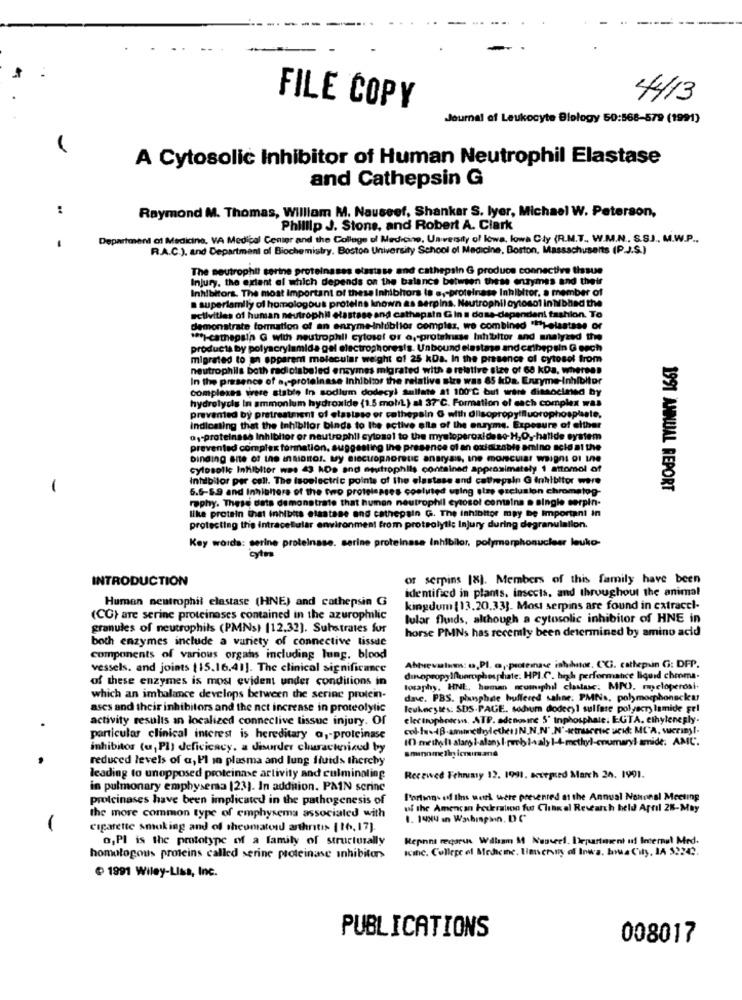
4413
FILE COPY
Journal of Leukocyte Biology 50:568-579 (1991)
A Cytosolic Inhibitor of Human Neutrophil Elastase
and Cathepsin G
:
Raymond M. Thomas, William M. Nauseef, Shankar S. lyer, Michael W. Peterson,
Phillip J. Stone, and Robert A. Clark
Department of Medicine, VA Medical Center and the College of Medicine, University of Iowa, lowa Cly (R.M.T. W.M.N. S.S.J. M.W.P ..
R.A.C.J. and Department of Biochemistry. Boston University School of Medicine, Boston, Massachusetts (P.J.S.)
The neutrophil serine proteinases elastase and cathepsin G produce connective tissue
Injury, the extent of which depends on the balance between these enzymes and their
Inhibitors. The most Important of these Inhibhors is es-proteinase Inhibitor, a member of
superlamily of homologous proteins known as serpins. Neutrophil cytosol In Tibhad the
activities of human neutrophil elastase and cathepain G in a dose-dependent fashion. To
demonstrate formation of an enzyme-inlublior complez, wo combined "il-elastase or
*** )-cathepain G with neutrophil cytosof of a,proteinsse Inhibitor and analyzed the
products by polyacrylamida gel electrophoresis. Unbound elastm
and cribepsin G each
migrated to a opparem molecular weight of 25 kDa. In the pro
ol cytosol from
neutrophils both radiolabeled enzymes migrated with a relative s
ze of 68 kDa, whereas
In the presence of ay-proteinase Inhibitor
kDa. Enzyme-Inhibitor
complexes were stable In sodium dodes
1 100 ℃
wir dissocimed Dy
hydrolysis In ammonium hydroxide (1.5 mol/L) at 37 ℃. Formation
of each complex was
prevented by pretreatment of elasipso
ropy fluorophosplaste.
Indicating that the Inhibitor binds to the active ella of the enzyme
of either
@ ,- proteinase Inhibitor or neutrophil cytosol to the myeloperoxide&
Ide system
prevented complex formation, suggesting Ine p
nce of an ox
mino acid at the
binding site of the InMIDIOS. MY BIGCHOP
angry
cytosolk Inhibitor was 43 kDs and apustrophils contained approx
ły 1 attomol of
Intelbilor per cell. The isoelectric points of the elastase and callrepsin G Inhibitor were
-
6.6-5.9 and Inhighers of the tero protelesses cooluted using stap exclusion chromatog-
1991 ANNUAL REPORT
raphy. These data demonstrate that human neutrophil cytosol contains a single serpin-
like protein that inhibits elastase and cathepsin G. The Inhibitor may be Important in
protecting the Intracellular environment from proteolytic Injury during degranulation.
Key words: serine proteinase. serine proteinase Inhibitor, polymorphonuclear leuko-
INTRODUCTION
or serpins [8]. Members of this family have been
identified in plants. insects, and throughout the animal
Human neutrophil elastase (HNE) and cathepsin G
kingdum [13.20.33]. Most serpins are found in catracel-
(CG) are serine proteinases contained in the azurophilic
lular fluids, although a cytosolic inhibitor of HNE in
granules of neutrophils (PMNs) [12.32]. Substrates fur
horse PMNs has recemly been determined by amino acid
both enzymes include a variety of connective tissue
components of various organs including lung. blood
Abbrevalam: , PI. @ ,- protemase inhibitor. CC. cathepin Gi: DFP.
vessels. and joints (15.16.41]. The clinical significance
of these enzymes is most evident under conditions in
dinopropyluorophosphate. HPI.C. high performance liquid chroma.
losaphy, HNE, human ncumaphil clastasc. MPO. mycloperosi.
which an imbalance develops between the serine protein-
dac. PBS. phosphde buffered sahne. PMNs, polymorphonacku
ascs and their inhibitors and the net increase in proteolytic
leukocytes: SDS-PAGE. sodium dodecyl sulfase polyacry lamide gel
activity results an localized connective tissue injury. Of
electrophoresis, ATP. adenosine 5' Inphosphate. EGTA. ethyleneply-
col-hdB.amethylether N.N.N' .N'-ktrucetic ucid; MC'A, weriny !.
particular clinical interest is hereditary @ ,- proteinase
(0) meihyll stary i-alany I.pueblaaly 1-4-methyl-cumaryl amide: AMC.
inhibitor (u, PI) Jeficicacy. a Jourder churachnicud by
smannmelinicrimand
reduced levels of a, Pl in plasma and lung fluids therchy
leading to unopposed proteinase activity and culminating
Recewed Fehmimy 12. 1991. accepted March 26. 1991.
in pulmonary emphysema [23]. In addition. PAIN scrinc
proteinases have been implicated in the pathogenesis of
Portions of this werk were presented at the Annual Nokonsl Meeting
of the Amencan Federation fut Clinkal Research held April 28-May
the more common type of emphysema associated with
1. 1994 in Washinginn. D.C
-
cigarette smoking and of rheumatoid arthritis [16,17]
o, PI is the prototype of a family of structurally
Repnns recorus William 5 Nuoveel. Department of Internal Med.
Icinc. College of Medicine. linersny of Iowa. bua City, LA 52242.
homologous proteins called serine proteinase inhibitors
@ 1991 Wiley-Lisa, Inc.
PUBLICATIONS
008017